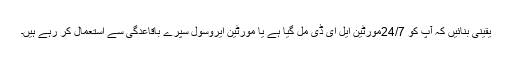
یقینی بنائیں کہ آپ کو 24/7مورٹین ایل ای ڈی مل گیا ہے یا مورٹین ایروسول سپرے باقاعدگی سے استعمال کر رہے ہیں۔